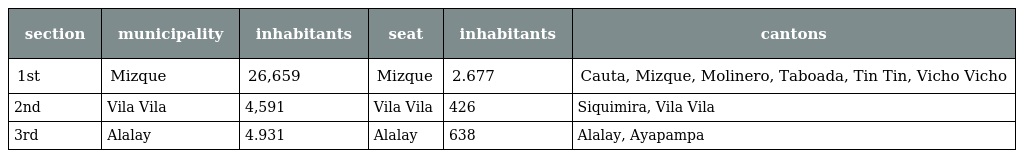
| section | municipality | inhabitants | seat | inhabitants | cantons |
 | --- | --- | --- | --- | --- | --- |
 | 1st | Mizque | 26,659 | Mizque | 2.677 | Cauta, Mizque, Molinero, Taboada, Tin Tin, Vicho Vicho |
 | 2nd | Vila Vila | 4,591 | Vila Vila | 426 | Siquimira, Vila Vila |
 | 3rd | Alalay | 4.931 | Alalay | 638 | Alalay, Ayapampa |